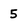
Character: 5